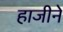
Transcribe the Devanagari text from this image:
हाजीने